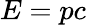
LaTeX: E=pc